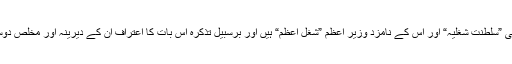
ویسے تو نئی حکومت ساری کی ساری ہی ”سلطنت شغلیہ“ اور اس کے نامزد وزیر اعظم ”شغلِ اعظم“ ہیں اور برسبیل تذکرہ اس بات کا اعتراف ان کے دیرینہ اور مخلص دوست جناب ہارون الرشید بھی کر رہے ہیں۔